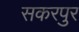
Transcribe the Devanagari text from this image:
सकरपुर